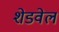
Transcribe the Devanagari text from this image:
शेडवेल